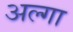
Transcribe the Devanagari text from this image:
अल्गा